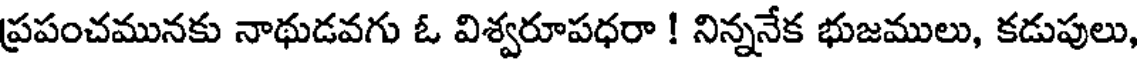
ప్రపంచమునకు నాథుడవగు ఓ విశ్వరూపధరా ! నిన్ననేక భుజములు, కడుపులు,